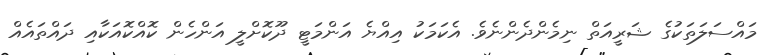
މައްސަލަތަކުގެ ޝަރީއަތް ނިމެންދެންނެވެ. އެކަމަކު އިއްޔެ އަންމަޓީ ދޫކޮށްލީ އަންހެން ކޮއްކޮއަކާއި ދައްތައެއް